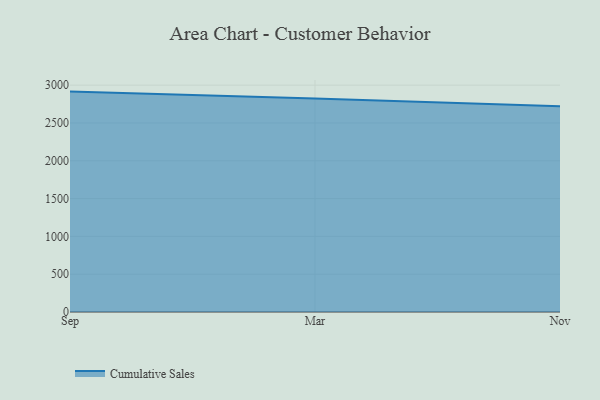
{"axis": {"x": "Month", "y": "Active Users"}, "legend": ["Cumulative Sales"], "data": [{"x": "Sep", "y": 2914.8, "type": "Cumulative Sales"}, {"x": "Mar", "y": 2825.2, "type": "Cumulative Sales"}, {"x": "Nov", "y": 2722.6, "type": "Cumulative Sales"}]}